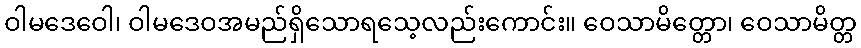
ဝါမဒေဝေါ၊ ဝါမဒေဝအမည်ရှိသောရသေ့လည်းကောင်း။ ဝေသာမိတ္တော၊ ဝေသာမိတ္တ